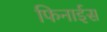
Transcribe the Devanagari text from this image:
फिनाईस